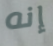
إنه